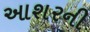
આશરની